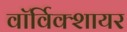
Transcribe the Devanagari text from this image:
वाॅर्विक्शायर